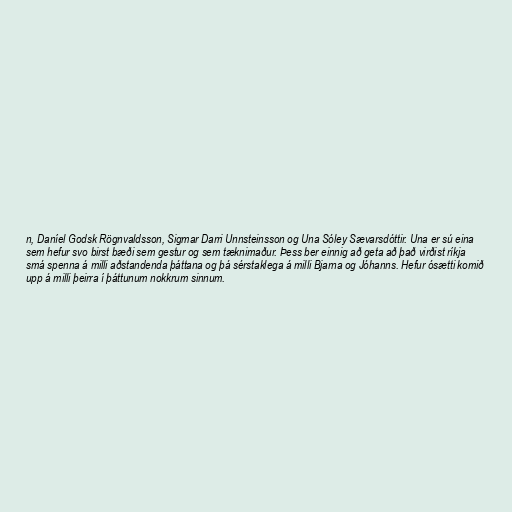
n, Daníel Godsk Rögnvaldsson, Sigmar Darri Unnsteinsson og Una Sóley Sævarsdóttir. Una er sú eina
sem hefur svo birst bæði sem gestur og sem tæknimaður. Þess ber einnig að geta að það virðist ríkja
smá spenna á milli aðstandenda þáttana og þá sérstaklega á milli Bjarna og Jóhanns. Hefur ósætti komið
upp á milli þeirra í þáttunum nokkrum sinnum.